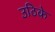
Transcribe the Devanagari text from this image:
उठिके